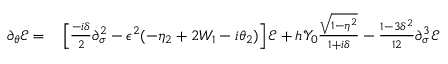
\begin{array} { r l } { \partial _ { \theta } \mathcal { E } = } & { { } \left[ \frac { - i \delta } { 2 } \partial _ { \sigma } ^ { 2 } - \epsilon ^ { 2 } ( - \eta _ { 2 } + 2 W _ { 1 } - i \theta _ { 2 } ) \right] \mathcal { E } + h \mathcal { Y } _ { 0 } \frac { \sqrt { 1 - \eta ^ { 2 } } } { 1 + i \delta } - \frac { 1 - 3 \delta ^ { 2 } } { 1 2 } \partial _ { \sigma } ^ { 3 } \mathcal { E } } \end{array}